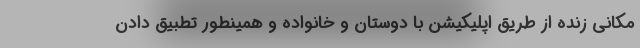
مکانی زنده از طریق اپلیکیشن با دوستان و خانواده و همینطور تطبیق دادن